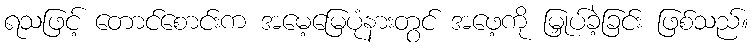
ရသဖြင့် တောင်စောင်းက အမေ့မြေပုံနားတွင် အဖေ့ကို မြှုပ်ခဲ့ခြင်း ဖြစ်သည်။